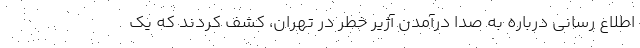
اطلاع رسانی درباره به صدا درآمدن آژیر خطر در تهران، کشف کردند که یک